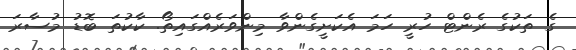
ގެ ތަކުގެ ރެންޓް ހުރީ ހަމަ އެކަށީގެންވާ މިންވަރެއްގައިތޯ. ކާކުތަ ބޮޑު މުސާރަ